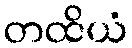
တထိယံ